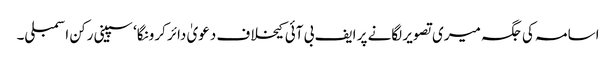
اسامہ کی جگہ میری تصویر لگانے پر ایف بی آئی کیخلاف دعویٰ دائر کرونگا‘ سپینی رکن اسمبلی۔